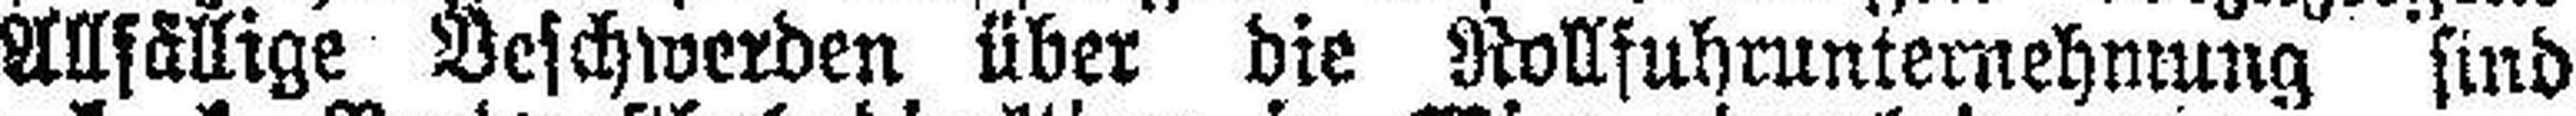
Allfällige Beschwerden über die Rollfuhrunternehmung sind